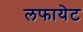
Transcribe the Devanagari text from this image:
लफायेट